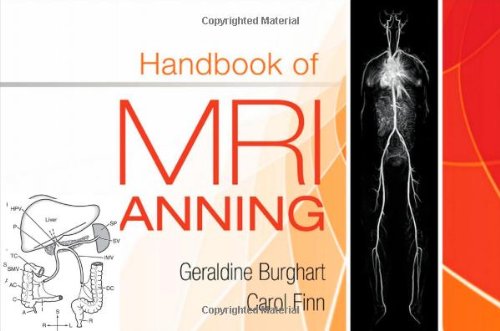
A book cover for Handbook of MRI Scanning, 1e; Geraldine Burghart MA  RT(R)(MR)(M); Medical Books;